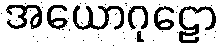
အယောဂုဠော